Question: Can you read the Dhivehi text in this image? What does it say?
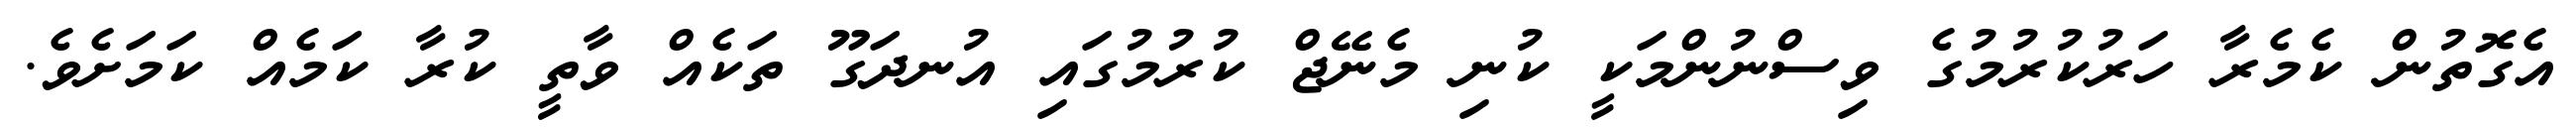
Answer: އެގޮތުން ކެމެރާ ހަރުކުރުމުގެ ވިސްނުންމަކީ ކުނި މެނޭޖް ކުރުމުގައި އުނދަގޫ ތަކެއް ވާތީ ކުރާ ކަމެއް ކަމަށެވެ.